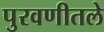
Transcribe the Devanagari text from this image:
पुरवणीतले